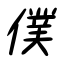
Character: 僕